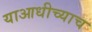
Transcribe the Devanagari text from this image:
याआधीच्याच